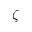
\zeta